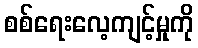
စစ်ရေးလေ့ကျင့်မှုကို